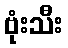
ဗုံးသီး